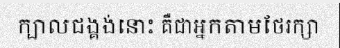
ក្បាលជង្គង់នោះ គឺជាអ្នកតាមថែរក្សា